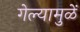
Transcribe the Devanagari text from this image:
गेल्यामुळें